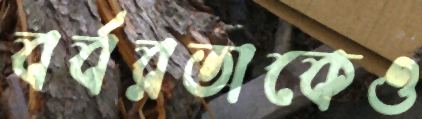
বর্বরতাকেও